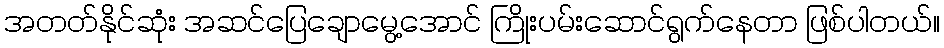
အတတ်နိုင်ဆုံး အဆင်ပြေချောမွေ့အောင် ကြိုးပမ်းဆောင်ရွက်နေတာ ဖြစ်ပါတယ်။